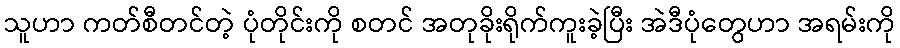
သူဟာ ကတ်စီတင်တဲ့ ပုံတိုင်းကို စတင် အတုခိုးရိုက်ကူးခဲ့ပြီး အဲဒီပုံတွေဟာ အရမ်းကို